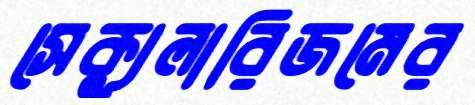
সেক্যুলারিজমের